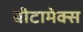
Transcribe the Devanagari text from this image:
बीटामेक्स